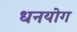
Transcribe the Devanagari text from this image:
धनयोग